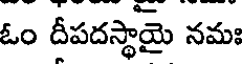
ఓం దీపదస్థాయై నమః